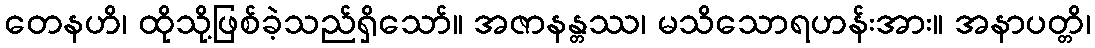
တေနဟိ၊ ထိုသို့ဖြစ်ခဲ့သည်ရှိသော်။ အဇာနန္တဿ၊ မသိသောရဟန်းအား။ အနာပတ္တိ၊